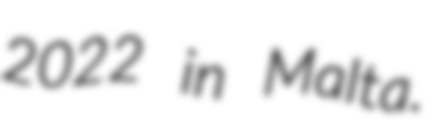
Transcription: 2022 in Malta.